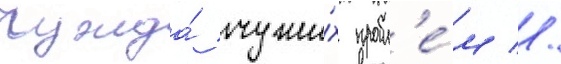
чужда́ чужи́х пробл'е́м //